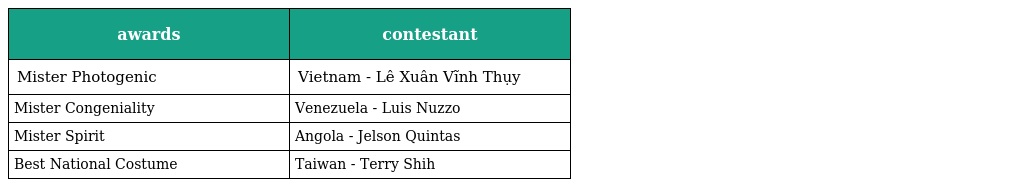
| awards | contestant |
 | --- | --- |
 | Mister Photogenic | Vietnam - Lê Xuân Vĩnh Thụy |
 | Mister Congeniality | Venezuela - Luis Nuzzo |
 | Mister Spirit | Angola - Jelson Quintas |
 | Best National Costume | Taiwan - Terry Shih |